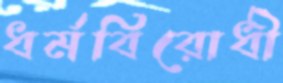
ধর্মবিরোধী